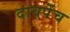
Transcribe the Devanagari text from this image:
दावपेंच